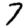
Digit: 7